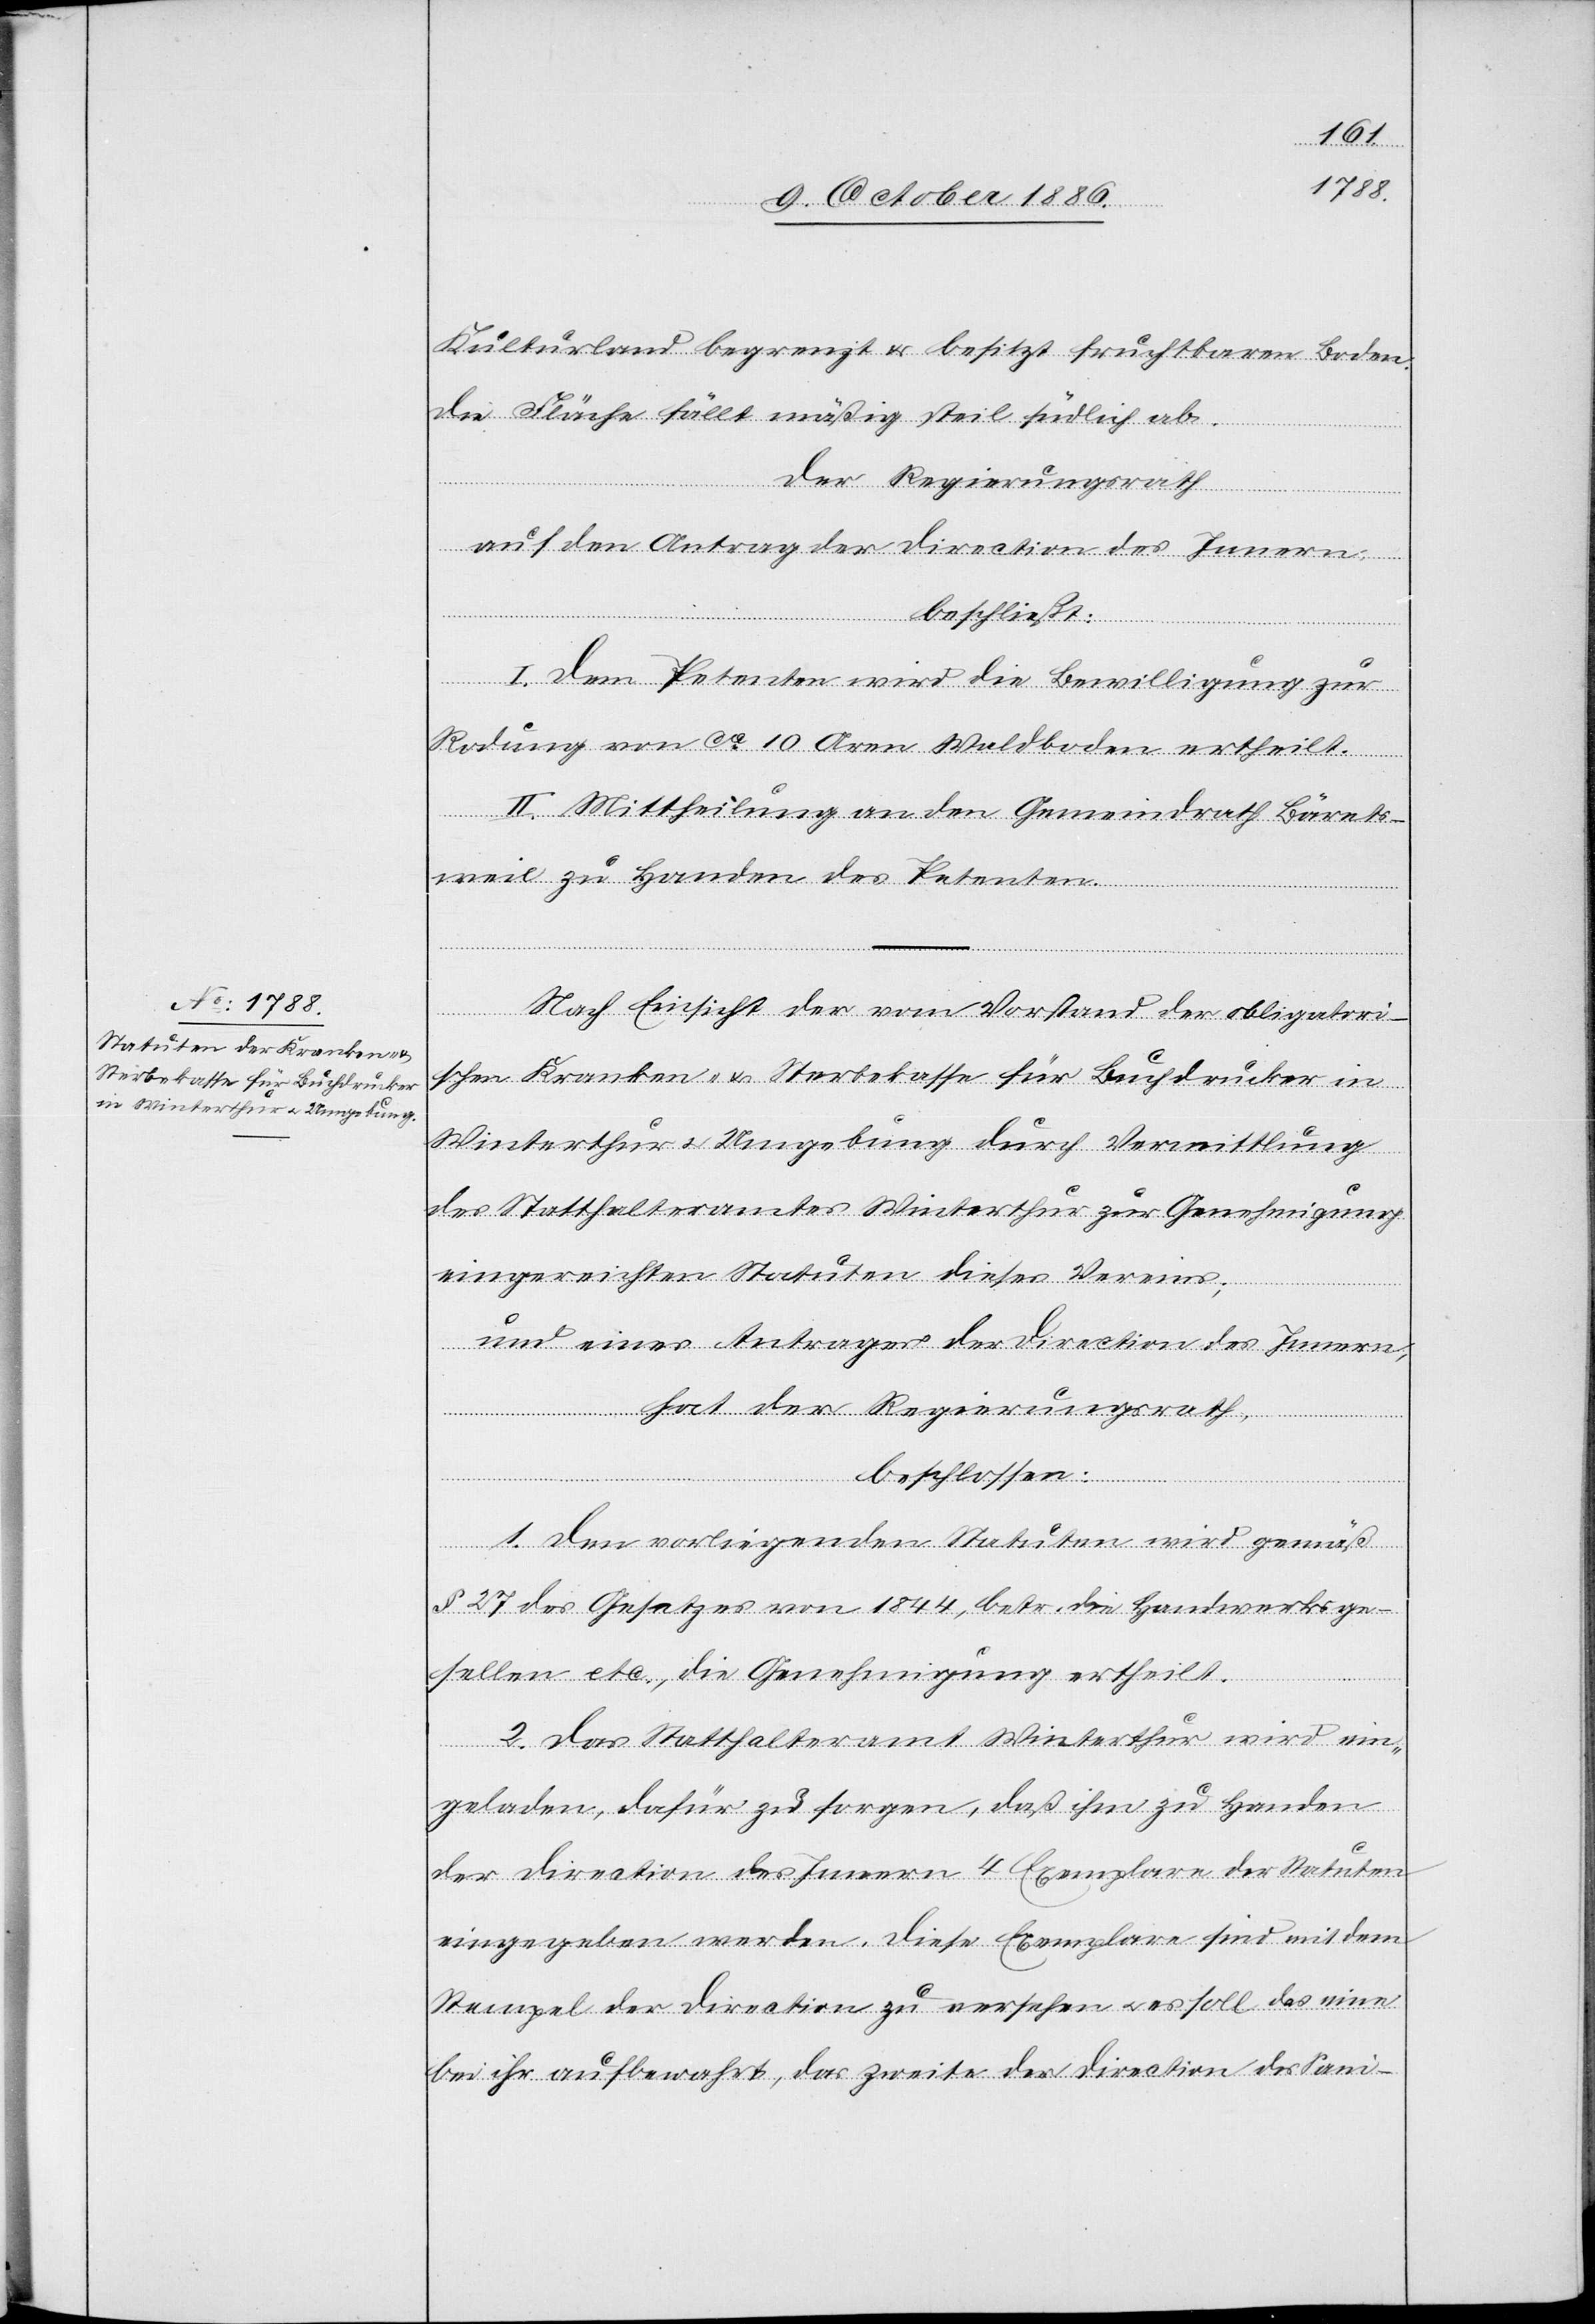
Kulturland begrenzt & besitzt fruchtbaren Boden.
Die Fläche fällt mäßig steil südlich ab.
Der Regierungsrath
auf den Antrag der Direction des Innern,
beschließt:
I. Dem Petenten wird die Bewilligung zur
Rodung von ca 10 Aren Waldboden ertheilt.
II. Mittheilung an den Gemeindrath Bärets¬
weil zu Handen des Petenten.
Nach Einsicht der vom Vorstand der obligatori¬
schen Kranken- & Sterbekasse für Buchdrucker in
Winterthur & Umgebung durch Vermittlung
des Statthalteramtes Winterthur zur Genehmigung
eingereichten Statuten dieses Vereins;
und eines Antrages der Direction des Innern,
hat der Regierungsrath,
beschlossen:
1. Den vorliegenden Statuten wird gemäß
§ 27 des Gesetzes von 1844, betr. die Handwerksge¬
sellen etc., die Genehmigung ertheilt.
2. Das Statthalteramt Winterthur wird ein¬
geladen, dafür zu sorgen, daß ihm zu Handen
der Direction des Innern 4 Exemplare der Statuten
eingegeben werden. Diese Exemplare sind mit dem
Stempel der Direction zu versehen & es soll das eine
bei ihr aufbewahrt, das zweite der Direction des Sani-